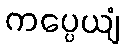
ကပ္ပေယျံ